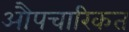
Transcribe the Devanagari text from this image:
औपचारिकत